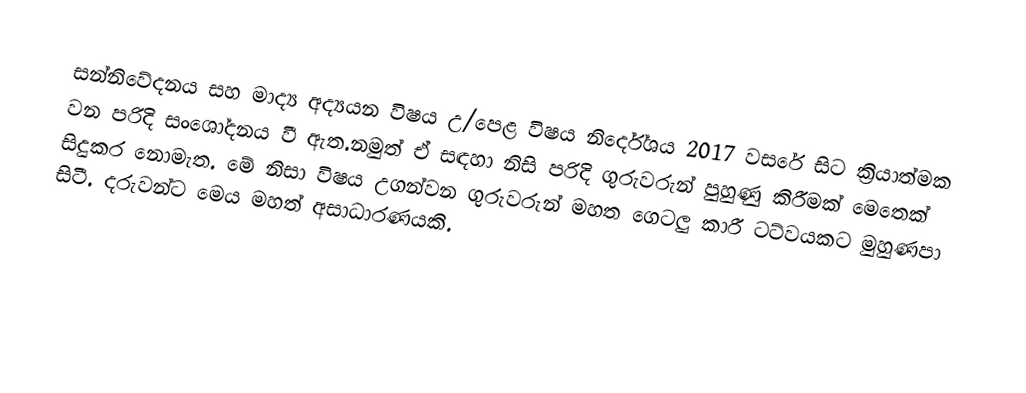
සන්නිවේදනය සහ මාද්‍ය අද්‍යයන විෂය උ/පෙළ විෂය නිර්දේශය 2017 වසරේ සිට ක්‍රියාත්මක වන පරිදි සංශෝදනය වී ඇත.නමුත් ඒ සඳහා නිසි පරිදි ගුරුවරුන් පුහුණු කිරීමක් මෙතෙක් සිදුකර නොමැත. මේ නිසා විෂය උගන්වන ගුරුවරුන් මහත ගෙටලු කාරී ටට්වයකට මුහුණපා සිටී. දරුවන්ට මෙය මහත් අසාධාරණයකි.